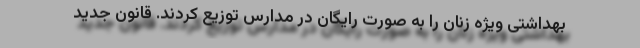
بهداشتی ویژه زنان را به صورت رایگان در مدارس توزیع کردند. قانون جدید